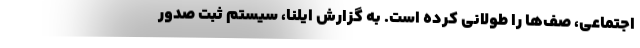
اجتماعی، صف‌ها را طولانی کرده است. به گزارش ایلنا، سیستم ثبت صدور